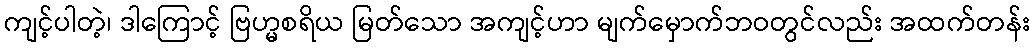
ကျင့်ပါတဲ့၊ ဒါကြောင့် ဗြဟ္မစရိယ မြတ်သော အကျင့်ဟာ မျက်မှောက်ဘဝတွင်လည်း အထက်တန်း